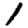
Digit: 1